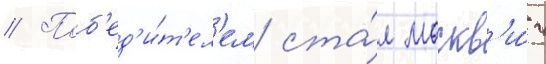
// Поб'ед'и́т'ел'ем ста́л москв'и́ч